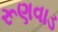
રૂણવાડ